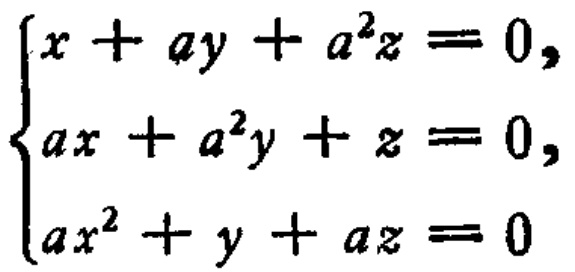
\(\begin{cases}
x + ay + a^{2}z = 0,\\
ax + a^{2}y + z = 0,\\
ax^{2} + y + az = 0
\end{cases}\)